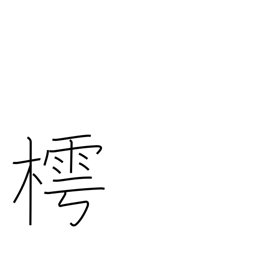
Meaning: Japanese bead tree